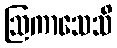
ဩကာသေသိ